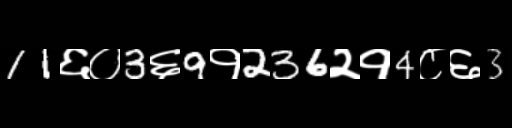
Text: 11६०3६9१236२१4८६3